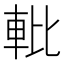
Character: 𬧱